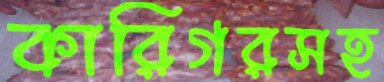
কারিগরসহ